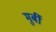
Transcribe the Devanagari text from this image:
मुर्बी